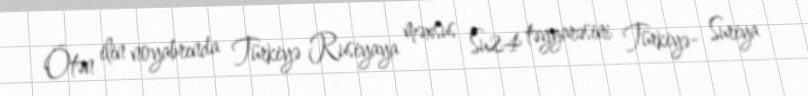
Ötən ilin noyabrında Türkiyə Rusiyaya məxsus Su24 təyyarəsini Türkiyə- Suriya